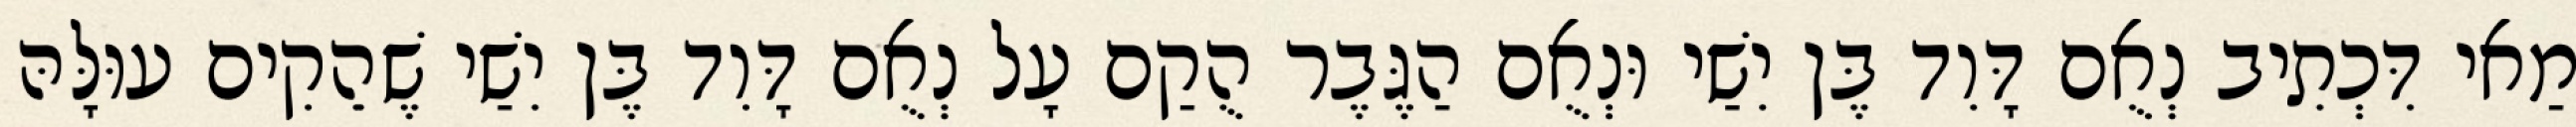
מַאי דִּכְתִיב נְאֻם דָּוִד בֶּן יִשַׁי וּנְאֻם הַגֶּבֶר הֻקַם עָל נְאֻם דָּוִד בֶּן יִשַׁי שֶׁהֵקִים עוּלָּהּ